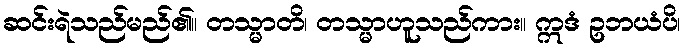
ဆင်းရဲသည်မည်၏။ တသ္မာတိ၊ တသ္မာဟူသည်ကား။ ဣဒံ ဥဘယံပိ၊